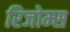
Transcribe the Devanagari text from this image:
रिजोम्‍स